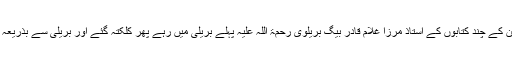
جب کہ امام احمدرضا کے بچپن کے چند کتابوں کے استاذ مرزا غلام قادر بیگ بریلوی رحمۃ اللہ علیہ پہلے بریلی میں رہے پھر کلکتہ گئے اور بریلی سے بذریعۂ استفتا رابطہ قائم رکھتے تھے۔